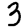
Digit: 3